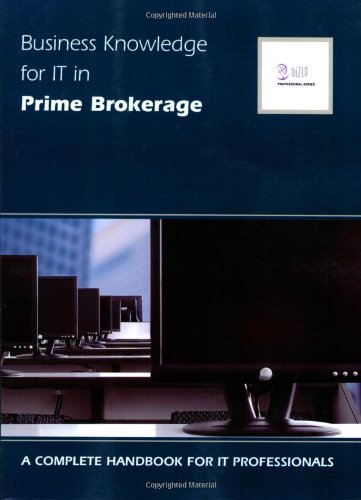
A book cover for Business Knowledge for It in Prime Brokerage; Corporation Essvale Corporation Limited; Computers & Technology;